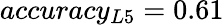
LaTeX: accuracy_{L5}=0.61